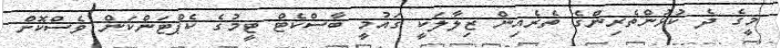
މީގެ ދެ ކުޅުންތެރިންގެ ތެރެއިން ޒިލާލަކީ ގައުމީ ބާސްކެޓް ޓީމުގެ ކެޕްޓަންކަން ވެސްކޮށް